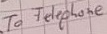
Text: To Telephone